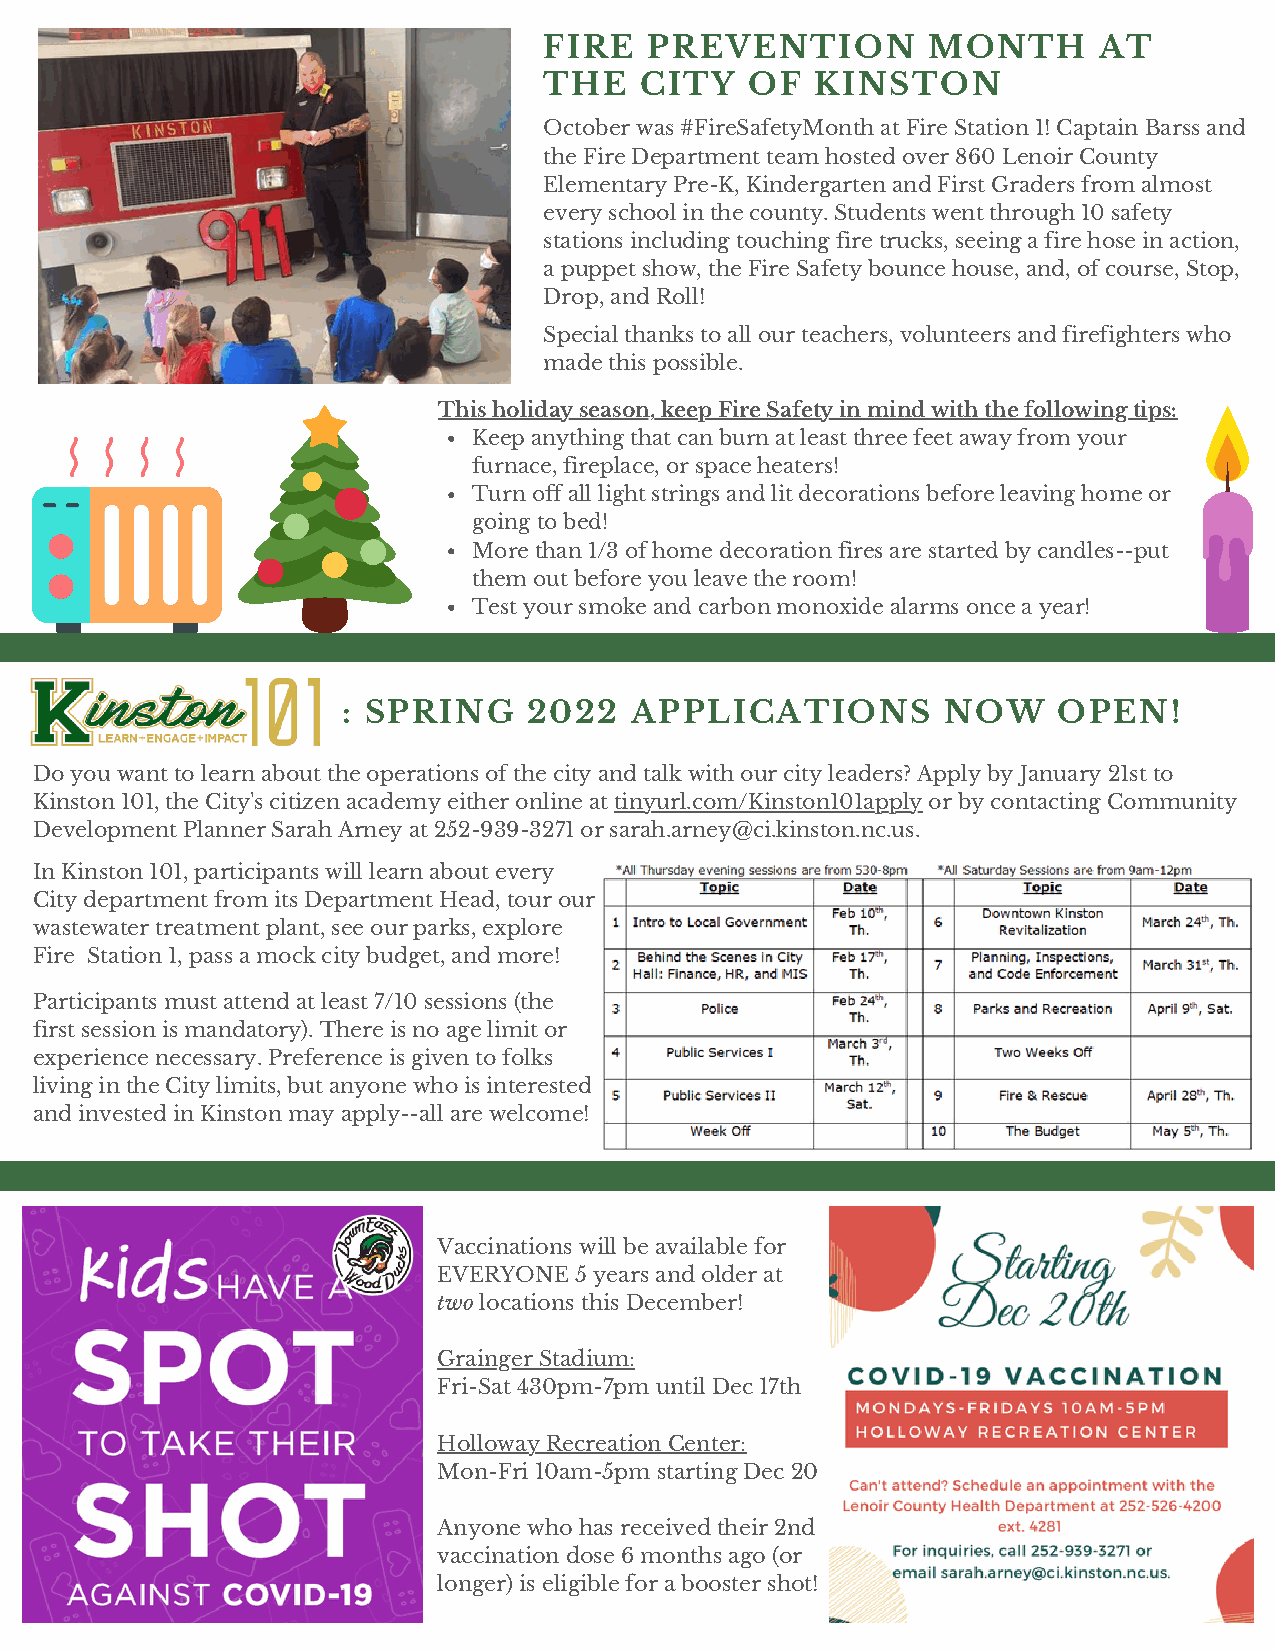
FIRE   PREVENTION        MONTH       AT
 THE   CITY    OF  KINSTON
 October was #FireSafetyMonth at Fire Station 1! Captain Barss and
 the Fire Department team hosted over 860 Lenoir County
 Elementary Pre-K, Kindergarten and First Graders from almost
 every school in the county. Students went through 10 safety
 stations including touching fire trucks, seeing a fire hose in action,
 a puppet show, the Fire Safety bounce house, and, of course, Stop,
 Drop, and Roll!
 Special thanks to all our teachers, volunteers and firefighters who
 made this possible.
 This holiday season, keep Fire Safety in mind with the following tips:
 Keep anything that can burn at least three feet away from your
 furnace, fireplace, or space heaters!
 Turn off all light strings and lit decorations before leaving home or
 going to bed!
 More than 1/3 of home decoration fires are started by candles--put
 them out before you leave the room!
 Test your smoke and carbon monoxide alarms once a year!
 : SPRING    2022   APPLICATIONS        NOW     OPEN!
 Do you want to learn about the operations of the city and talk with our city leaders? Apply by January 21st to
 Kinston 101, the City's citizen academy either online at tinyurl.com/Kinston101apply or by contacting Community
 Development Planner Sarah Arney at 252-939-3271 or sarah.arney@ci.kinston.nc.us.
 In Kinston 101, participants will learn about every
 City department from its Department Head, tour our
 wastewater treatment plant, see our parks, explore
 Fire Station 1, pass a mock city budget, and more!
 Participants must attend at least 7/10 sessions (the
 first session is mandatory). There is no age limit or
 experience necessary. Preference is given to folks
 living in the City limits, but anyone who is interested
 and invested in Kinston may apply--all are welcome!
 Vaccinations will be available for
 EVERYONE 5 years and older at
 two locations this December!
 Grainger Stadium:
 Fri-Sat 430pm-7pm until Dec 17th
 Holloway Recreation Center:
 Mon-Fri 10am-5pm starting Dec 20
 Anyone who has received their 2nd
 vaccination dose 6 months ago (or
 longer) is eligible for a booster shot!